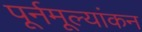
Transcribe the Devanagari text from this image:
पूर्नमूल्यांकन